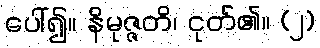
ပေါ်၍။ နိမုဇ္ဇတိ၊ ငုတ်၏။ (၂)